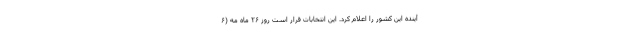
آینده این کشور را اعلام کرد. این انتخابات قرار است روز ۲۶ ماه مه (۶